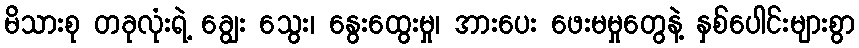
မိသားစု တခုလုံးရဲ့ ချွေး သွေး၊ နွေးထွေးမှု၊ အားပေး ဖေးမမှုတွေနဲ့ နှစ်ပေါင်းများစွာ